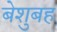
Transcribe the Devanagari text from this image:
बेशुबह